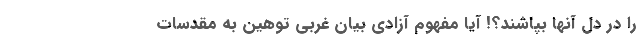
را در دل آنها بپاشند؟! آیا مفهوم آزادی بیان غربی توهین به مقدسات